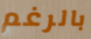
بالرغم